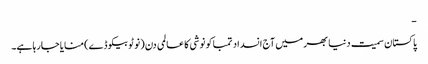
-
پاکستان سمیت دنیا بھر میں آج انسداد تمباکو نوشی کا عالمی دن (نو ٹوبیکو ڈے) منایا جارہا ہے۔